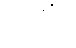
၂၇၇